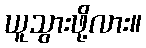
ယူသွားဖို့လား။